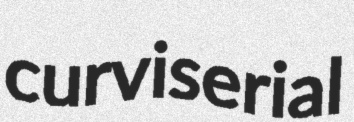
curviserial